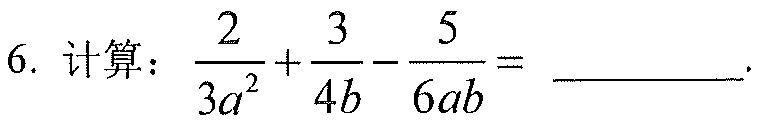
6. 计算：$\frac{2}{3a^{2}}+\frac{3}{4b}-\frac{5}{6ab}=$ ________.